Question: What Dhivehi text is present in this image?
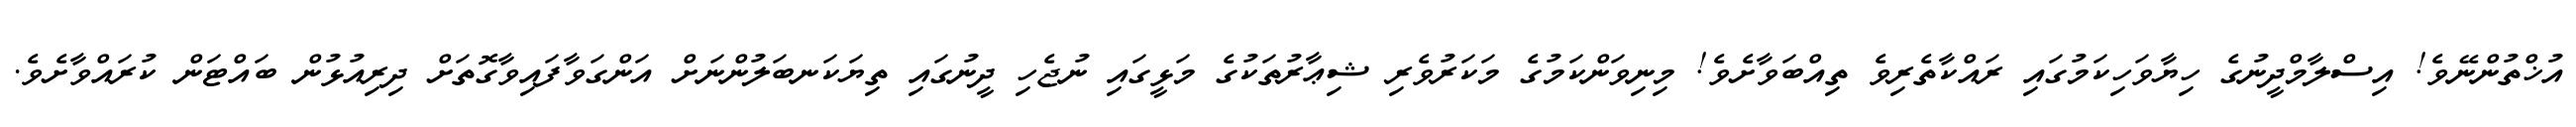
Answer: އުޚްތުންނޭވެ! އިސްލާމްދީނުގެ ހިޔާވަހިކަމުގައި ރައްކާތެރިވެ ތިއްބަވާށެވެ! މިނިވަންކަމުގެ މަކަރުވެރި ޝިޢާރުތަކުގެ މަޅީގައި ނުޖެހި ދީނުގައި ތިޔަކަނބަލުންނަށް އަންގަވާފައިވާގޮތަށް ދިރިއުޅުން ބައްޓަން ކުރައްވާށެވެ.